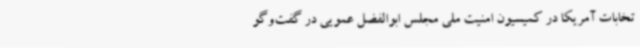
تخابات آمریکا در کمیسیون امنیت ملی مجلس ابوالفضل عمویی در گفت‌وگو